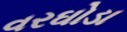
વરઘોડા